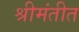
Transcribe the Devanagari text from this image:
श्रीमंतीत